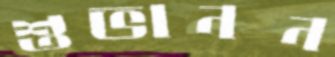
শুভানন